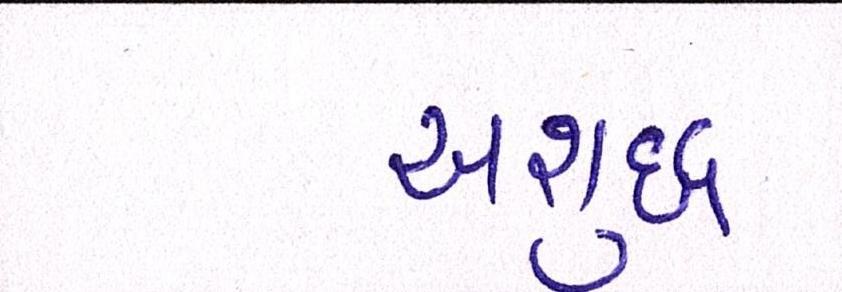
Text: અશુદ્ધ